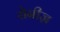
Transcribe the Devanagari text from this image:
रोनीज़